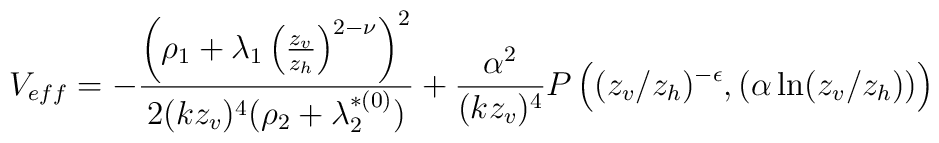
V_{eff} = -\frac{ \left( \rho_1 + \lambda_1 \left(\frac{z_v}{z_h} \right)^{2-\nu} \right)^2}{2 (kz_v)^4 (\rho_2 + \lambda_2^{*(0)})} + \frac{\alpha^2}{(k z_v)^4} P \left( (z_v/z_h)^{-\epsilon}, \left( \alpha \ln (z_v/z_h) \right) \right)